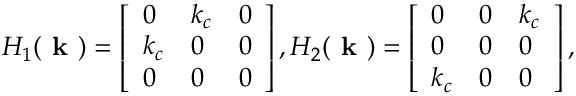
H _ { 1 } ( \textbf { k } ) = \left[ \begin{array} { l l l } { 0 } & { k _ { c } } & { 0 } \\ { k _ { c } } & { 0 } & { 0 } \\ { 0 } & { 0 } & { 0 } \end{array} \right] , H _ { 2 } ( \textbf { k } ) = \left[ \begin{array} { l l l } { 0 } & { 0 } & { k _ { c } } \\ { 0 } & { 0 } & { 0 } \\ { k _ { c } } & { 0 } & { 0 } \end{array} \right] ,